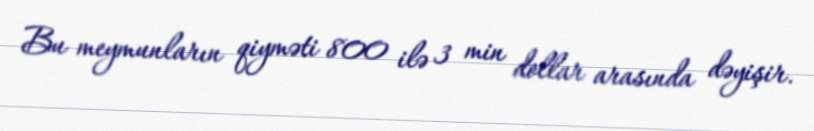
Bu meymunların qiyməti 800 ilə 3 min dollar arasında dəyişir.